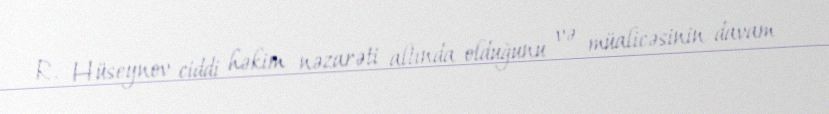
R. Hüseynov ciddi həkim nəzarəti altında olduğunu və müalicəsinin davam